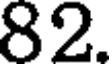
82.